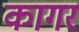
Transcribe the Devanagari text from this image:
कागर